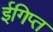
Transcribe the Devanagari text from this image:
ईगिप्त